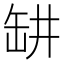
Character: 𬙍